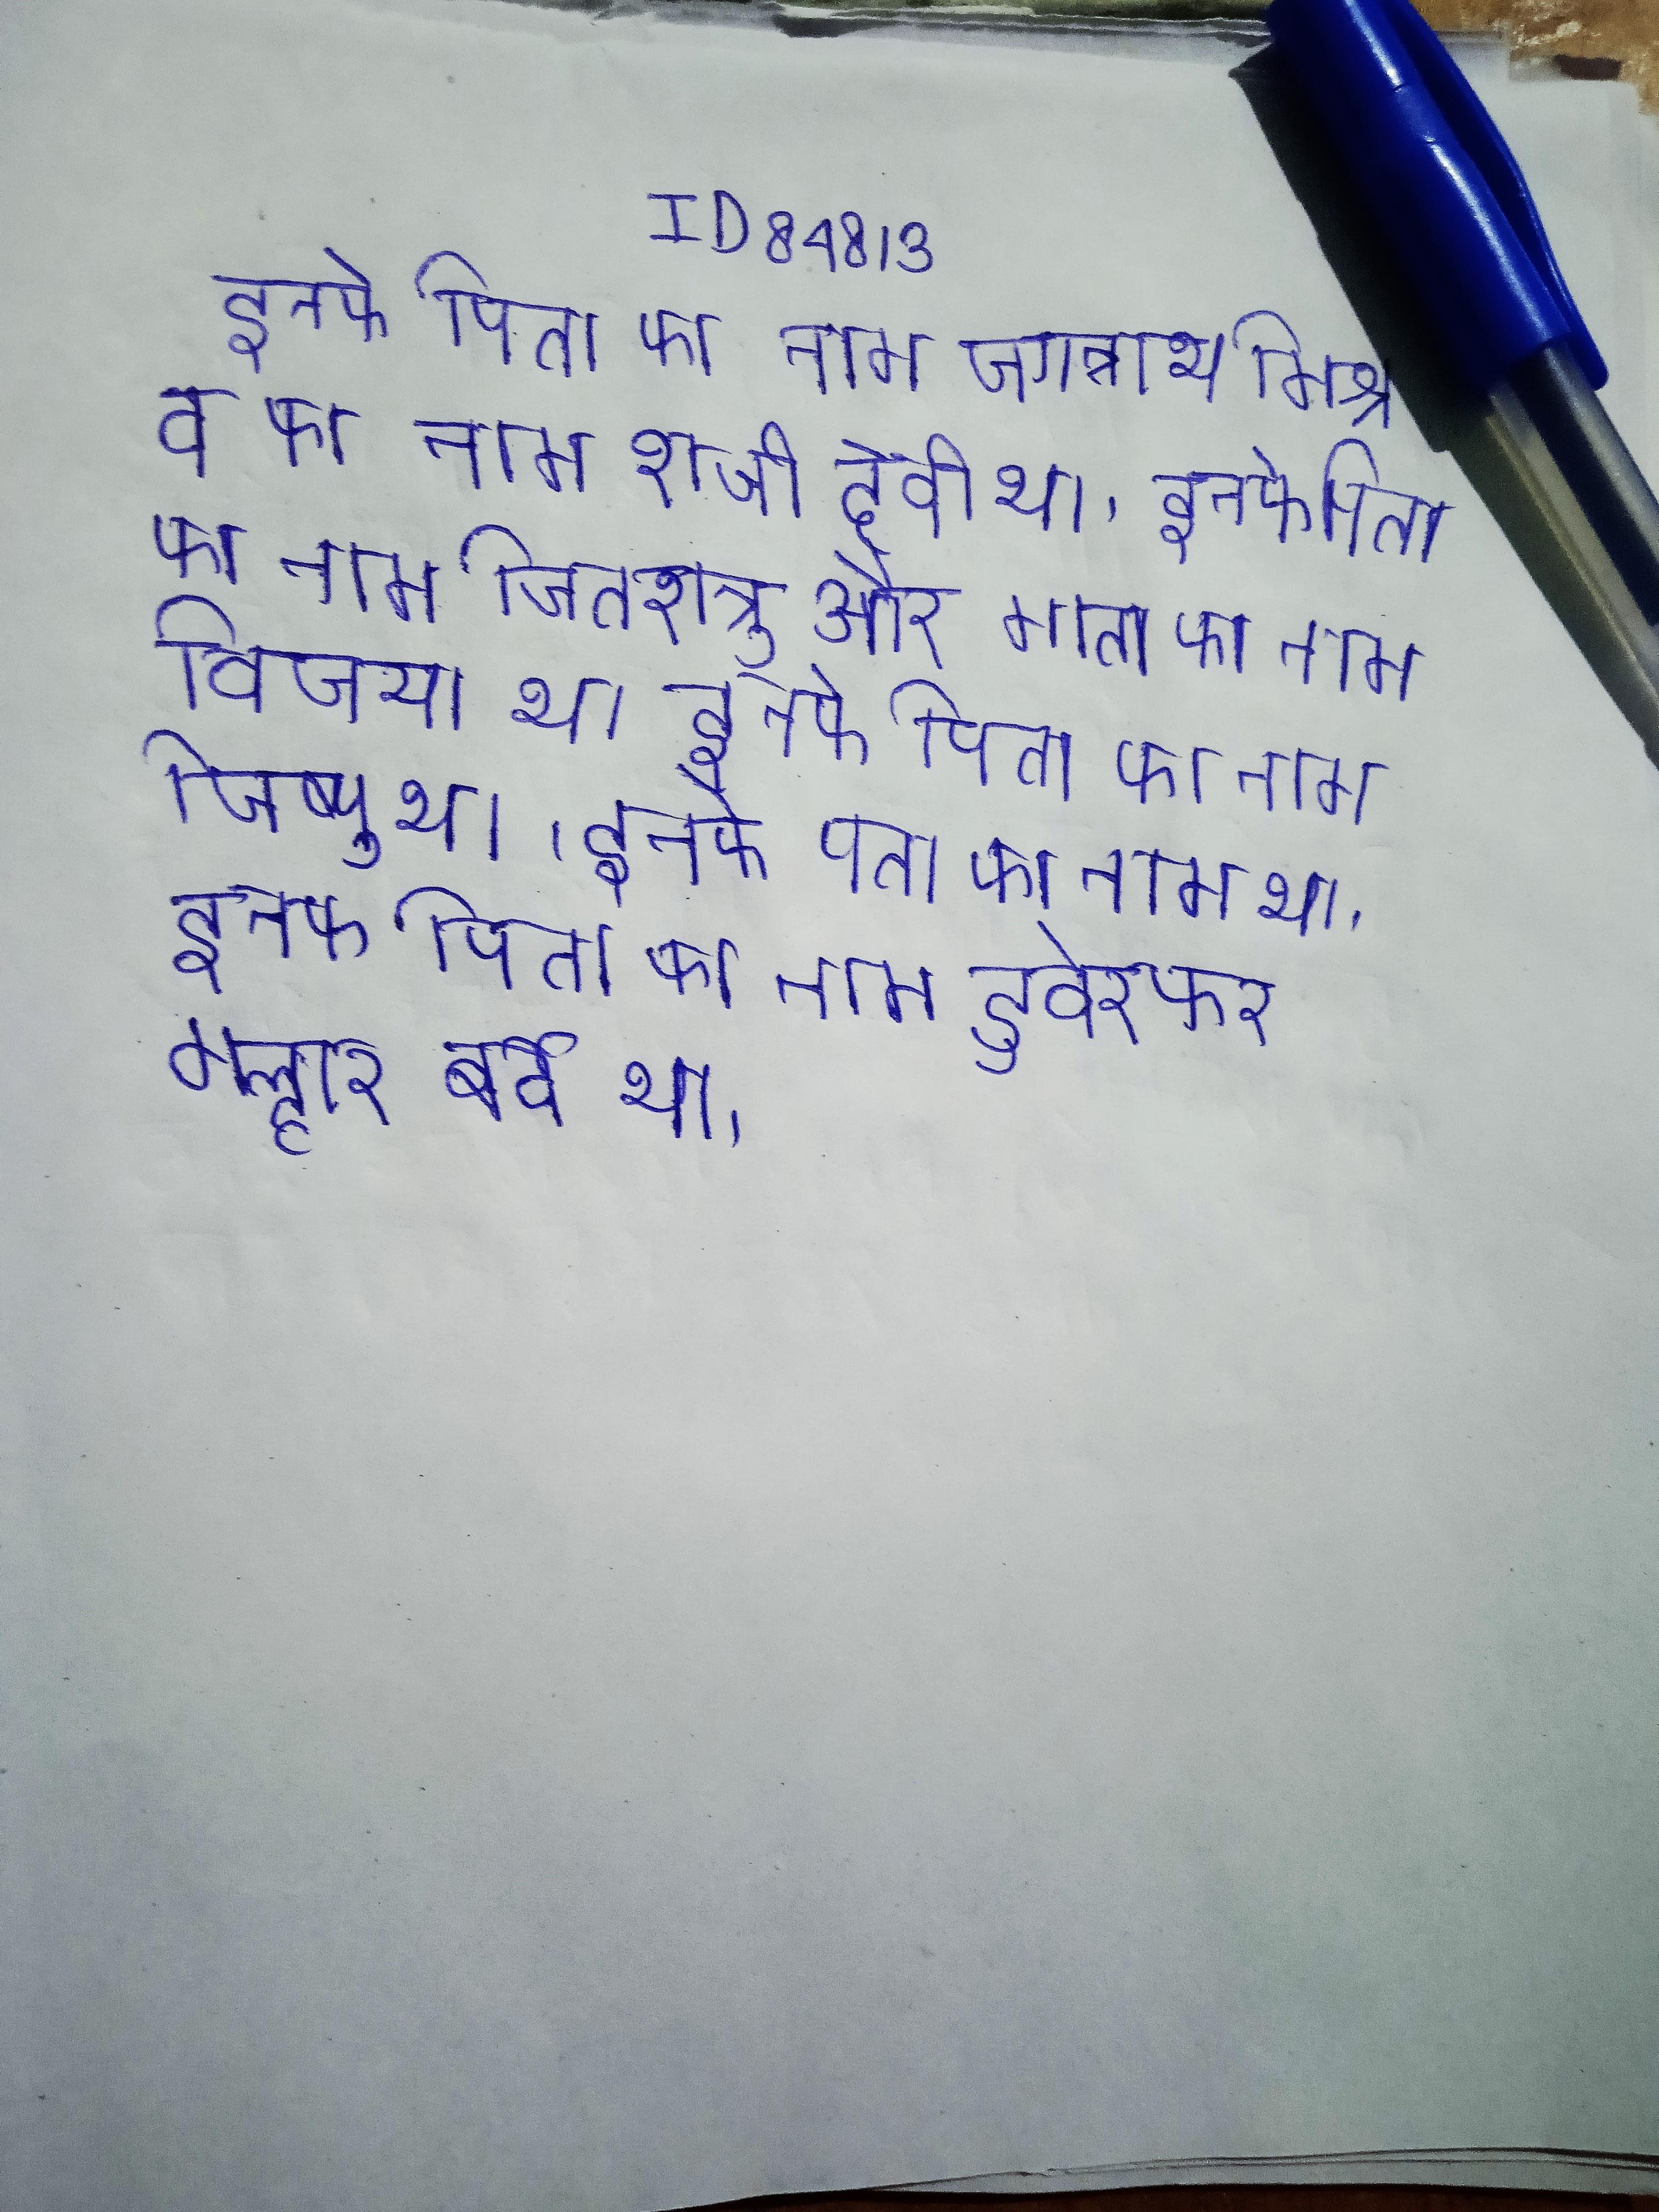
इनके पिता का नाम जगन्नाथ मिश्र व का नाम शची देवी था । इनके पिता का नाम जितशत्रु और माता का नाम विजया था । इनके पिता का नाम जिष्णु था । इनके पिता का नाम था । इनके पिता का नाम डुबेरकर मल्हार बर्वे था ।